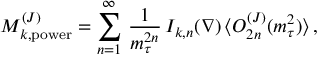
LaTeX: { \cal M } _ { k , \mathrm { p o w e r } } ^ { ( J ) } = \sum _ { n = 1 } ^ { \infty } \, { \frac { 1 } { m _ { \tau } ^ { 2 n } } } \, I _ { k , n } ( \nabla ) \, \langle O _ { 2 n } ^ { ( J ) } ( m _ { \tau } ^ { 2 } ) \rangle \, ,